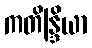
ကတိန္ဒြိယာ